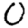
Digit: 0